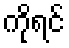
ကိုရင်